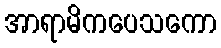
အာရာမိကပေသကော